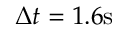
\Delta t = 1 . 6 \mathrm { s }